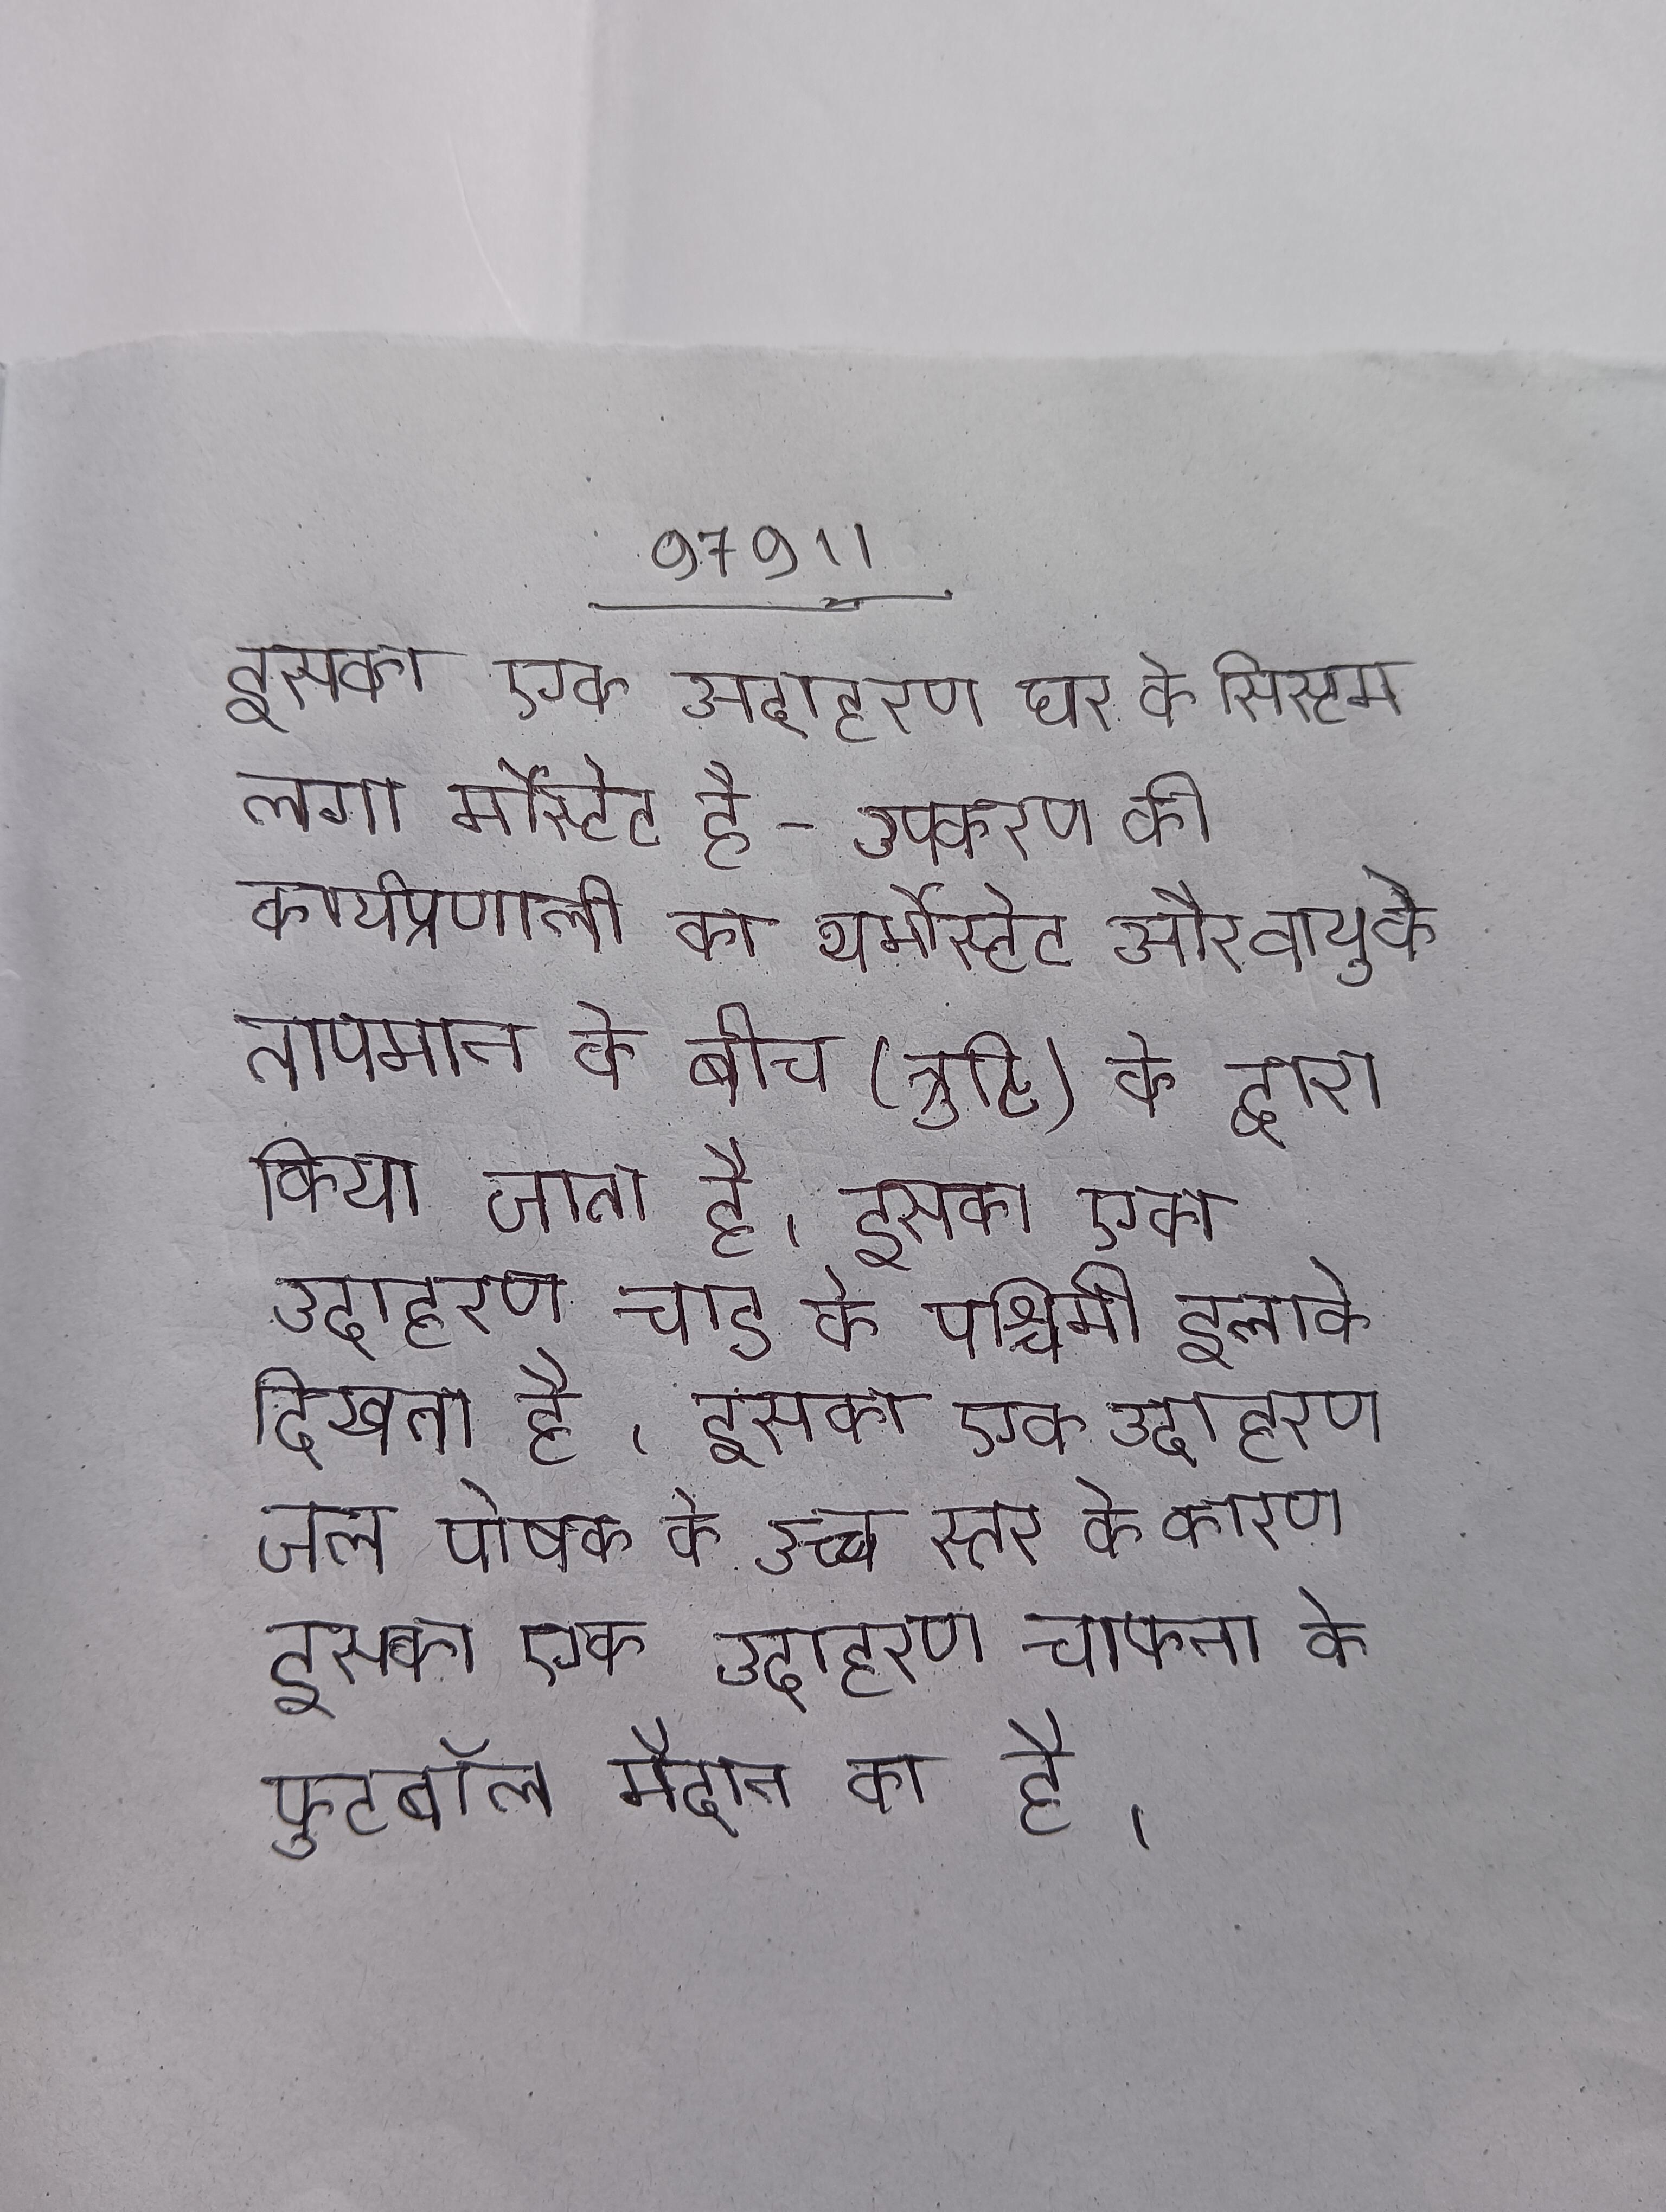
इसका एक उदाहरण घर के सिस्टम लगा र्मोस्टेट है- उपकरण की कार्यप्रणाली का थर्मोस्टेट और वायु के तापमान के बीच (त्रुटि) के द्वारा किया जाता है । इसका एक उदाहरण चाड के पश्चिमी इलाके दिखता है । इसका एक उदाहरण जल पोषक के उच्च स्तर के कारण इसका एक उदाहरण जाफना के फुटबॉल मैदान का है ।